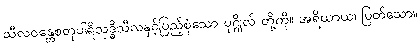
သီလဝန္တေစတုပါရိသုဒ္ဓိသီလနှင့်ပြည့်စုံသော ပုဂ္ဂိုလ် တို့ကို။ အရိယာယ၊ မြတ်သော။